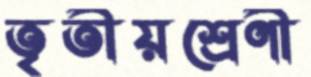
তৃতীয়শ্রেণী